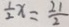
\frac { 1 } { 2 } x = \frac { 2 1 } { 2 }